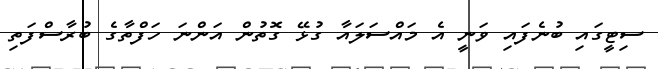
ސިޓީގައި ބުނެފައި ވަނީ އެ މައްސަލައާ ގުޅޭ ގޮތުން އަންނަ ހަފްތާގެ ބުރާސްފަތި